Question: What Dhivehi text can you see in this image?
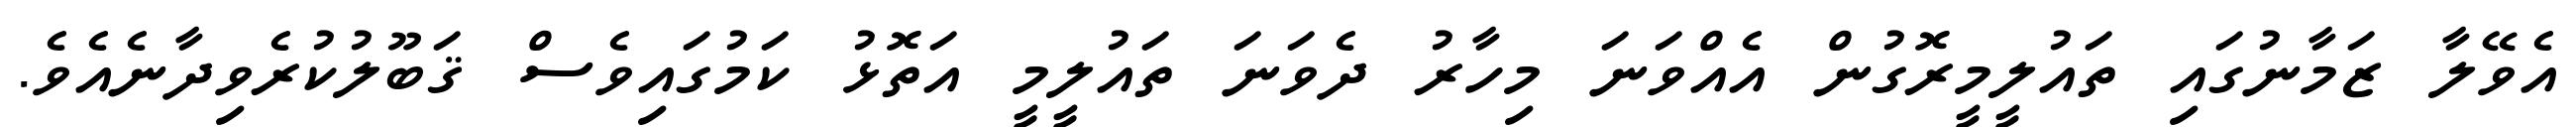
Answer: އެވޭލާ ޒަމާނުގައި ތައުލީމީރޮގުން އެއްވަނަ މިހާރު ދެވަނަ ތައުލީމީ އަތޮޅު ކަމުގައިވެސް ޤަބޫލުކުރެވިދާނެއެވެ.